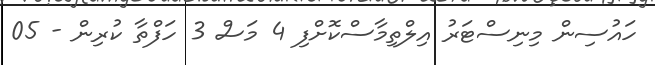
ހައުސިން މިނިސްޓަރު އިލްތިމާސްކޮށްފި 4 މަސް 3 ހަފްތާ ކުރިން - 05